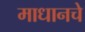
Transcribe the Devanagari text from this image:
माधानचे